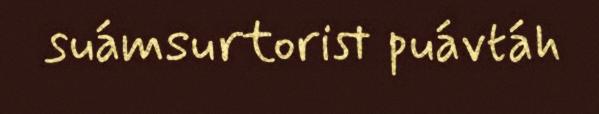
suámsurtorist puávtáh